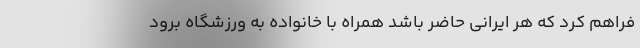
فراهم کرد که هر ایرانی حاضر باشد همراه با خانواده به ورزشگاه برود